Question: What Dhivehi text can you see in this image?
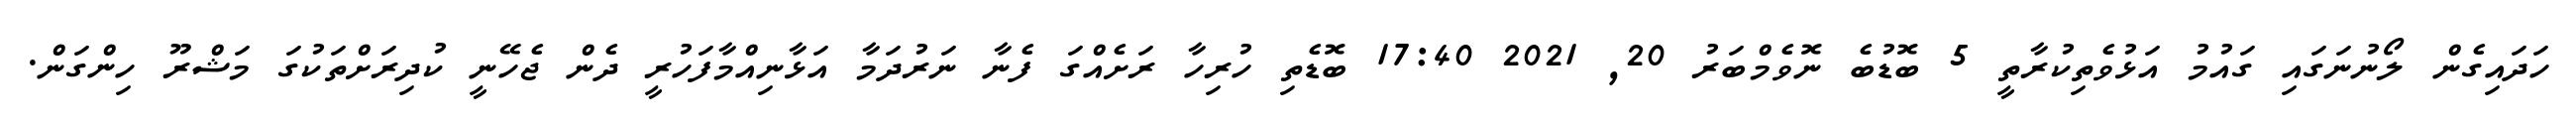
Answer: ހަދައިގެން ލޯނުނަގައި ގައުމު އަޅުވެތިކުރާތީ 5 ބޮޑުބެ ނޮވެމްބަރު 20, 2021 17:40 ބޮޑެތި ހުރިހާ ރަށެއްގަ ފެނާ ނަރުދަމާ އަޅާނިއްމާފަހުރީ ދެން ޖެހޭނީ ކުދިރަށްތަކުގަ މަޝްރޫ ހިންގަން.